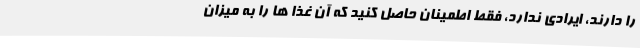
را دارند، ایرادی ندارد، فقط اطمینان حاصل کنید که آن غذا ها را به میزان